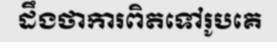
ដឹងថាការពិតទៅរូបគេ